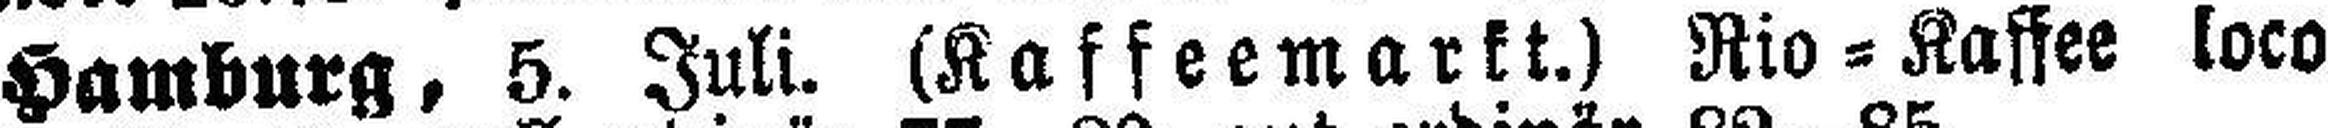
Hamburg, 5. Juli. (Kaffeemarkt.) Rio=Kaffee loco